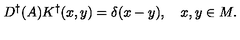
D ^ { \dagger } ( A ) K ^ { \dagger } ( x , y ) = \delta ( x - y ) , \quad x , y \in M .